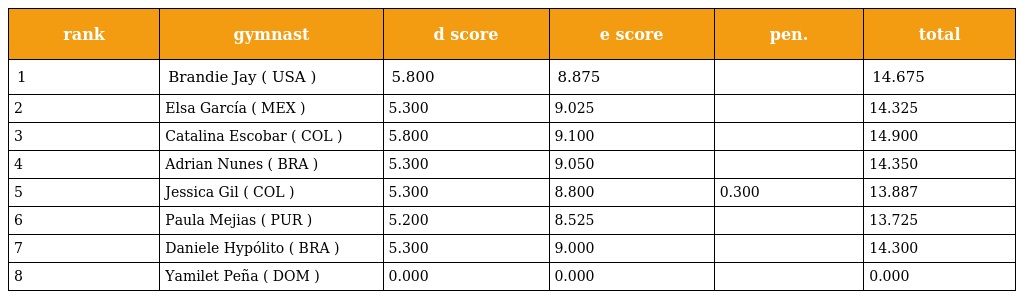
| rank | gymnast | d score | e score | pen. | total |
 | --- | --- | --- | --- | --- | --- |
 | 1 | Brandie Jay ( USA ) | 5.800 | 8.875 |  | 14.675 |
 | 2 | Elsa García ( MEX ) | 5.300 | 9.025 |  | 14.325 |
 | 3 | Catalina Escobar ( COL ) | 5.800 | 9.100 |  | 14.900 |
 | 4 | Adrian Nunes ( BRA ) | 5.300 | 9.050 |  | 14.350 |
 | 5 | Jessica Gil ( COL ) | 5.300 | 8.800 | 0.300 | 13.887 |
 | 6 | Paula Mejias ( PUR ) | 5.200 | 8.525 |  | 13.725 |
 | 7 | Daniele Hypólito ( BRA ) | 5.300 | 9.000 |  | 14.300 |
 | 8 | Yamilet Peña ( DOM ) | 0.000 | 0.000 |  | 0.000 |